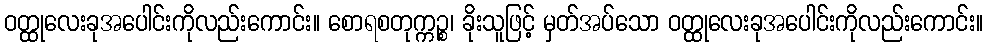
ဝတ္ထုလေးခုအပေါင်းကိုလည်းကောင်း။ စောရစတုက္ကဉ္စ၊ ခိုးသူဖြင့် မှတ်အပ်သော ဝတ္ထုလေးခုအပေါင်းကိုလည်းကောင်း။